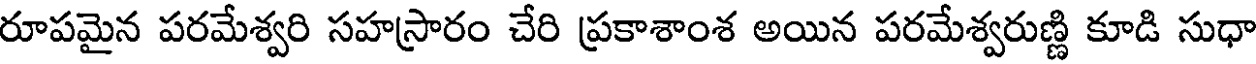
రూపమైన పరమేశ్వరి సహస్రారం చేరి ప్రకాశాంశ అయిన పరమేశ్వరుణ్ణి కూడి సుధా